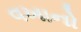
વખાનો